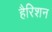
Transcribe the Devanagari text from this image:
हैरिशन